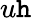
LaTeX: u\mathtt{h}